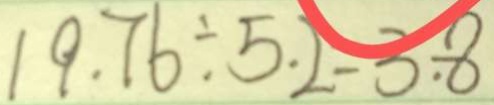
1 9 . 7 6 \div 5 . 2 - 3 . 8